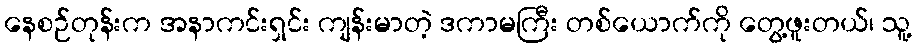
နေစဉ်တုန်းက အနာကင်းရှင်း ကျန်းမာတဲ့ ဒကာမကြီး တစ်ယောက်ကို တွေ့ဖူးတယ်၊ သူ့